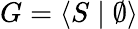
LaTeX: G=\langle S\mid\emptyset\rangle